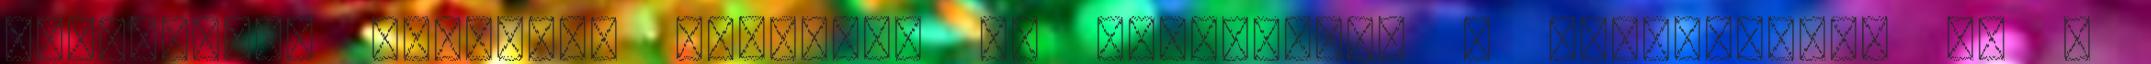
Rendkívüli hibatűrő képesség és stabilitás a csomópontok 80 %